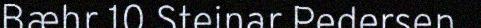
Bæhr 10 Steinar Pedersen